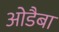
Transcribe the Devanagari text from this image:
ओडैबा